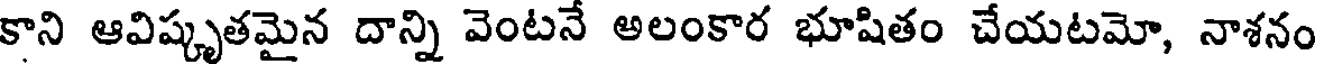
కాని ఆవిష్కృతమైన దాన్ని వెంటనే అలంకార భూషితం చేయటమో, నాశనం